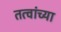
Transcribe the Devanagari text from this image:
तत्वांच्या